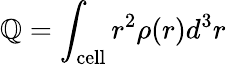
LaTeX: \mathbb{Q}=\int_{\textrm{{cell}}}r^{2}\rho(r)d^{3}r